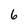
Character: 6